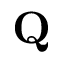
\mathbf { Q }